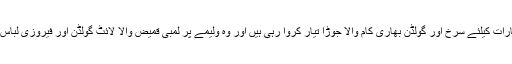
نور آمنہ بارات کیلئے سرخ اور گولڈن بھاری کام والا جوڑا تیار کروا رہی ہیں اور وہ ولیمے پر لمبی قمیض والا لائٹ گولڈن اور فیروزی لباس پہنیں گی۔